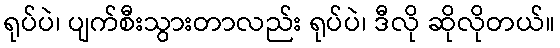
ရုပ်ပဲ၊ ပျက်စီးသွားတာလည်း ရုပ်ပဲ၊ ဒီလို ဆိုလိုတယ်။